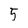
Character: 5